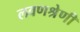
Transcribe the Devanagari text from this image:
लवणश्रेणी